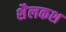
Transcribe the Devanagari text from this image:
शैलकश